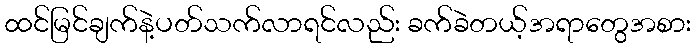
ထင်မြင်ချက်နဲ့ပတ်သက်လာရင်လည်း ခက်ခဲတယ့်အရာတွေအစား